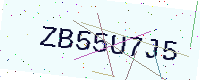
Text: ZB55U7J5